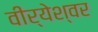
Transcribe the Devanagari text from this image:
वीर्येश्वर